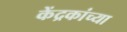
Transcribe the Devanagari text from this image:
केंद्रकांच्या